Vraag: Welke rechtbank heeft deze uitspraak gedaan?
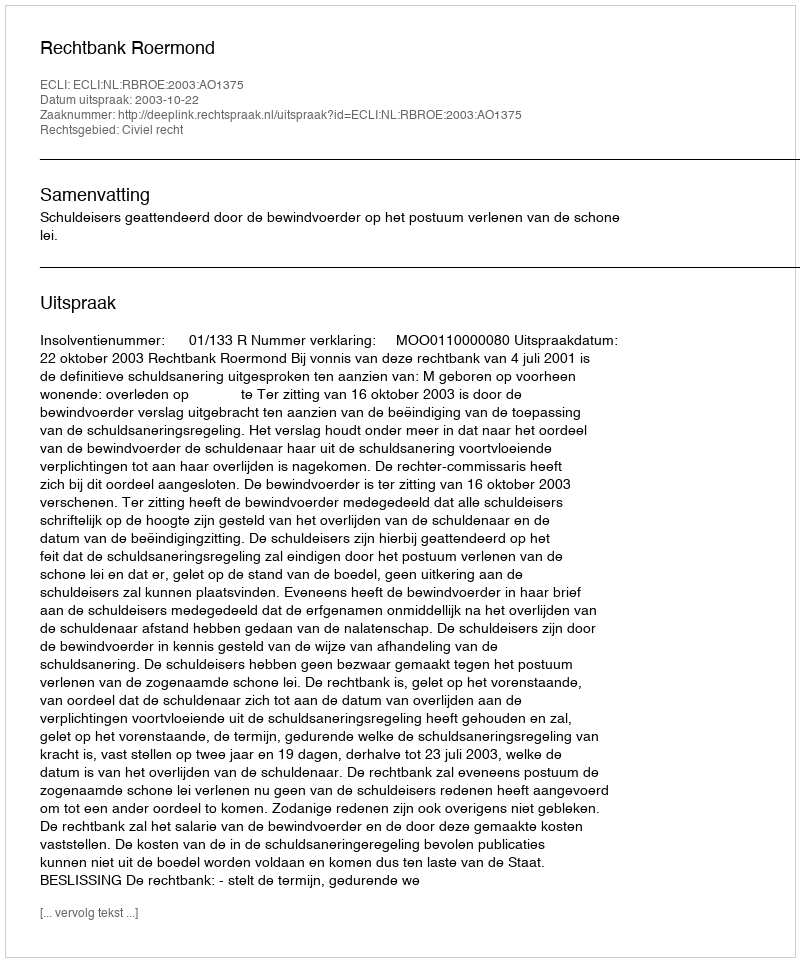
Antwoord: Rechtbank Roermond